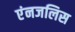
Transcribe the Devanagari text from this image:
एंनजलिस